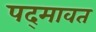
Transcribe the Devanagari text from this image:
पद्‍मावत